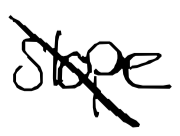
Text: slope
Cross-out: diagonal
Writing tool: digital_black